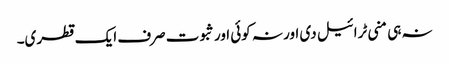
نہ ہی منی ٹرائیل دی اور نہ کوئی اور ثبوت صرف ایک قطری۔